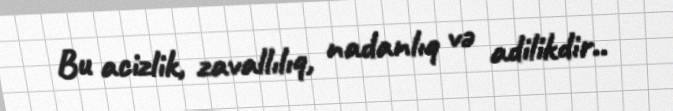
Bu acizlik, zavallılıq, nadanlıq və adilikdir..